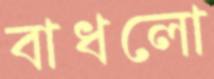
বাধলো